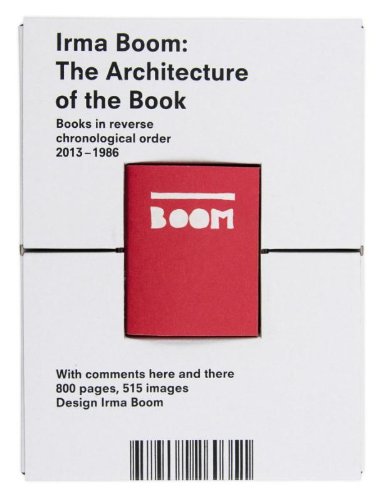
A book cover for Irma Boom: The Architecture of the Book; Edited; Arts & Photography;